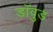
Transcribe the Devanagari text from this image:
डॉवुड